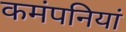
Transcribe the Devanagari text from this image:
कमंपनियां